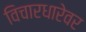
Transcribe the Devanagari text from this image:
विचारधारेवर